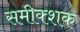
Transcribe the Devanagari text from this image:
समीक्शक